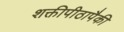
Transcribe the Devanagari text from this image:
शक्तीपीठापैकी